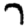
Digit: 7